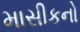
માસીકનો